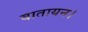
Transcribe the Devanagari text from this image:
वातायन।